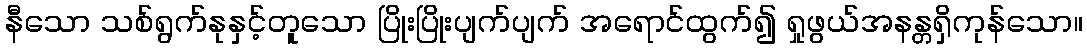
နီသော သစ်ရွက်နုနှင့်တူသော ပြိုးပြိုးပျက်ပျက် အရောင်ထွက်၍ ရှုဖွယ်အနန္တရှိကုန်သော။